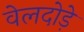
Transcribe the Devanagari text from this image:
वेलदोड़े